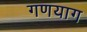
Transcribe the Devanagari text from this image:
गणयाग